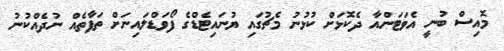
މޮއިސް ބުނީ އެވަޓަންއާ ދެކޮޅަށް ކުޅުނު މެޗުގައި ޔުނައިޓެޑްގެ ފޯވަޑްލައިނަށް ތަފާތެއް ނުދެއްކުނު